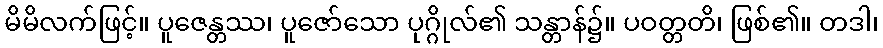
မိမိလက်ဖြင့်။ ပူဇေန္တဿ၊ ပူဇော်သော ပုဂ္ဂိုလ်၏ သန္တာန်၌။ ပဝတ္တတိ၊ ဖြစ်၏။ တဒါ၊